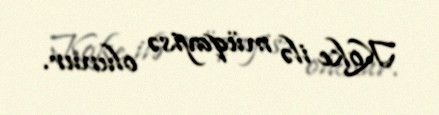
Koke ilə müqayisə olunur.